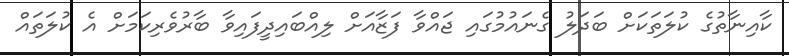
ކާއިނާތުގެ ކުލަތަކަށް ބަދަލު ގެނައުމުގައި ޖައްވާ ފަޒާއަށް ލިއްބައިދީފައިވާ ބާރުވެރިކަމަށް އެ ކުލަތައް